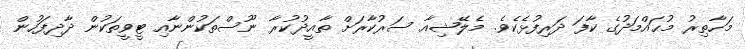
މަހާތިރު މުޙައްމަދުގެ ކާފަ ދަރިފުޅެކެވެ. މެލޭޝިއާ ސަރުކާރަށް ތާއީދުކުރާ ނޫސްތަކުންނާއި ޓީވީތަކުން ދާދިފަހުން